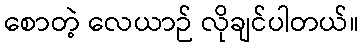
စောတဲ့ လေယာဉ် လိုချင်ပါတယ်။